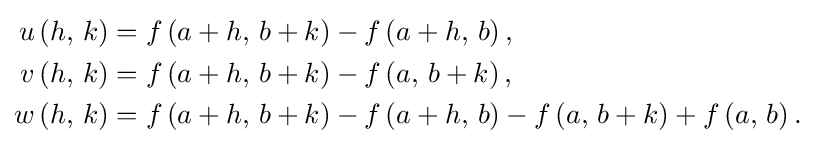
{\begin{aligned}u\left(h,\,k\right)&=f\left(a+h,\,b+k\right)-f\left(a+h,\,b\right),\\v\left(h,\,k\right)&=f\left(a+h,\,b+k\right)-f\left(a,\,b+k\right),\\w\left(h,\,k\right)&=f\left(a+h,\,b+k\right)-f\left(a+h,\,b\right)-f\left(a,\,b+k\right)+f\left(a,\,b\right).\end{aligned}}